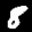
Label: 8